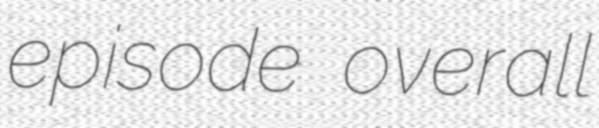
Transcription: episode overall